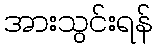
အားသွင်းရန်